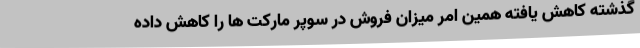
گذشته کاهش یافته همین امر میزان فروش در سوپر مارکت ها را کاهش داده